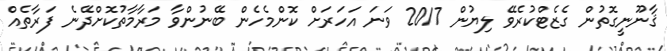
ޤާނޫނީގޮތުން ގެޒެޓްކުރެވޭ ލިޔުން 2017 ވަނަ އަހަރަށް ކޮންމެހެން ބޭނުންވާ މަރާމާތުކޮށްދޭނެ ފަރާތެއް